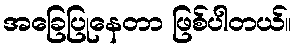
အခြေပြုနေတာ ဖြစ်ပါတယ်။